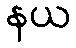
နယ